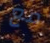
مع